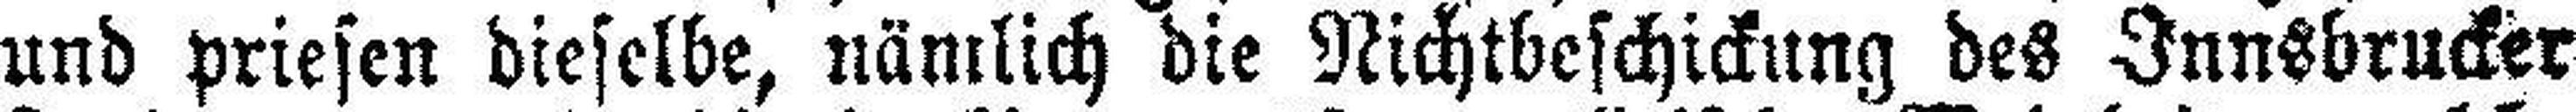
und priesen dieselbe, nämlich die Nichtbeschickung des Innsbrucker